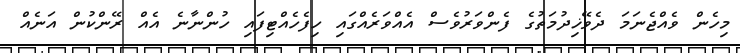
މިހެން ވެއްޖެނަމަ ދެވޭޚިދުމަތުގެ ފެންވަރުވެސް އެއްވަރެއްގައި ހިފެހެއްޓިފައި ހުންނާނެ އެއް ރޭންކުން އަނެއް